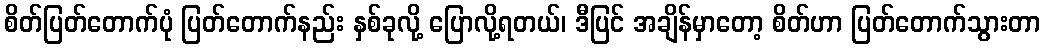
စိတ်ပြတ်တောက်ပုံ ပြတ်တောက်နည်း နှစ်ခုလို့ ပြောလို့ရတယ်၊ ဒီပြင် အချိန်မှာတော့ စိတ်ဟာ ပြတ်တောက်သွားတာ